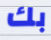
بك